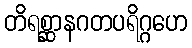
တိရစ္ဆာနဂတပရိဂ္ဂဟေ